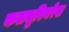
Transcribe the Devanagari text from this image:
कलचुरिनरेश